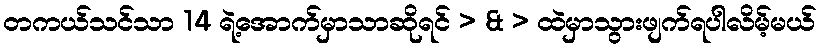
တကယ်သင်သာ 14 ရဲ့အောက်မှာသာဆိုရင် > & > ထဲမှာသွားဖျက်ရပါလိမ့်မယ်